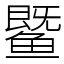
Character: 𬶨